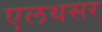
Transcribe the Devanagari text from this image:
एलथसर